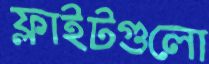
ফ্লাইটগুলো